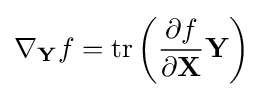
\nabla _{\mathbf {Y} }f=\operatorname {tr} \left({\frac {\partial f}{\partial \mathbf {X} }}\mathbf {Y} \right)